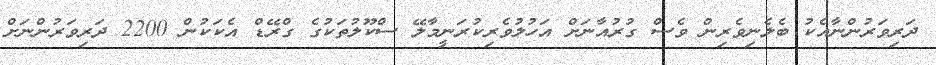
ދަރިވަރުންނާއެކު ބެލެނިވެރިން ވެސް ގުރުއާނަށް އަހުލުވެރިކުރަނީމާލޭ ސްކޫލުތަކުގެ ގްރޭޑް އެކަކުން 2200 ދަރިވަރުންނަށް